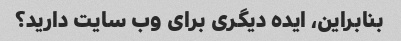
بنابراین، ایده دیگری برای وب سایت دارید؟